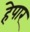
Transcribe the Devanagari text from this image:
हेपार